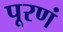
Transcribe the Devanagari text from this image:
पूरणं